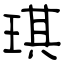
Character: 琪